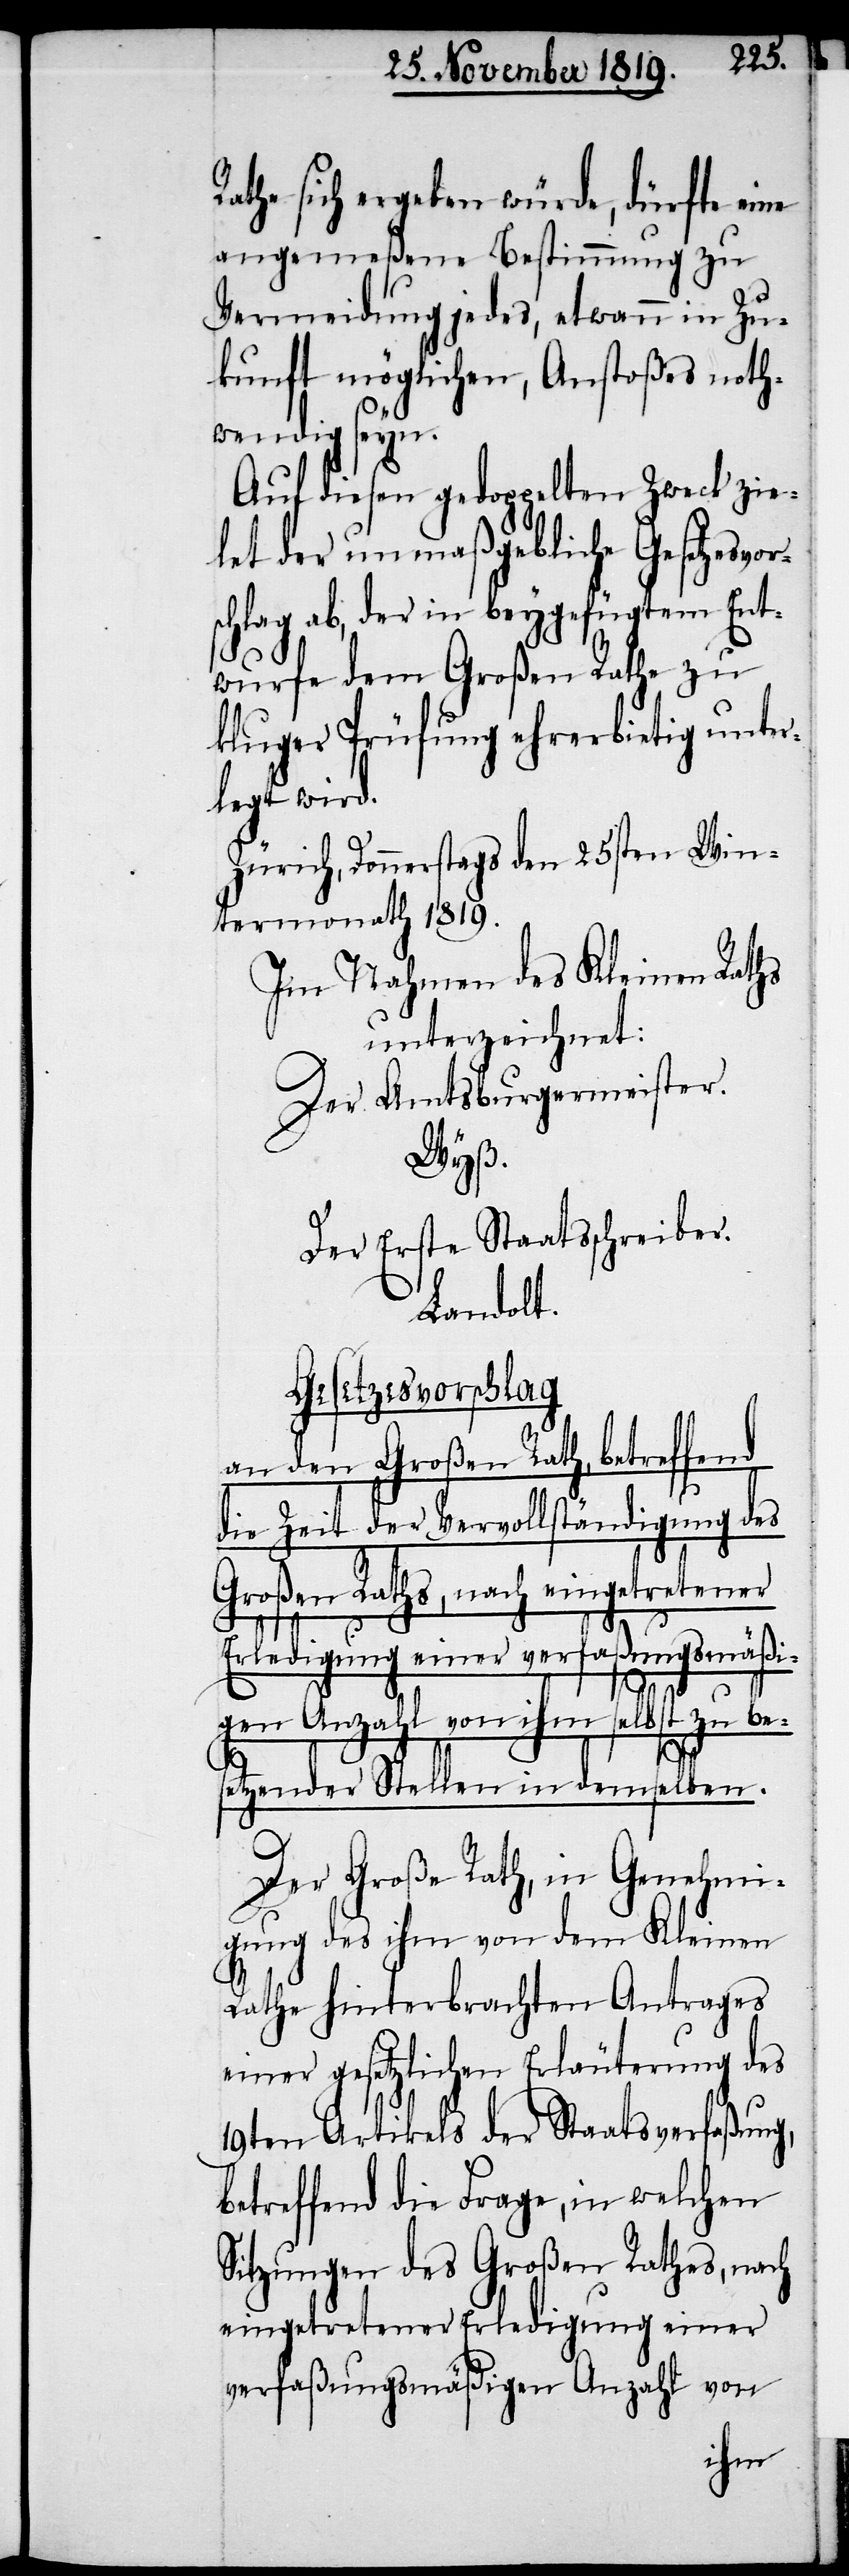
Rathe sich ergeben würde, dürfte eine
angemeßene Bestimmung zu
Vermeidung jedes, etwann in Zu¬
kunft möglichen, Anstoßes noth¬
wendig seyn.
Auf diesen gedoppelten Zweck zie¬
let der unmaßgebliche
ab, der in beygefügtem Ent¬
wurfe dem Großen Rathe zu
kluger Prüfung ehrerbietig unter¬
legt wird.
Zürich, Donnerstags den 25sten Win¬
termonath 1819.
Im Nahmen des Kleinen Raths
unterzeichnet:
Der Amtsburgermeitster.
Wyß.
Der Erste Staatsschreiber.
Landolt.
Gesetzesvorschlag
an den Großen Rath, betreffend
die Zeit der Vervollständigung des
Großen Raths, nach eingetretener
Erledigung einer verfaßungsmäßi¬
gen Anzahl von ihm selbst zu be¬
setzender Stellen in demselben.
Der Große Rath, in Genehmi¬
gung des ihm von dem Kleinen
Rathe hinterbrachten Antrages
einer gesetzlichen Erläuterung des
19ten Artikels der Staatsverfaßung,
betreffend die Frage, in welchen
Sitzungen des Großen Rathes, nach
eingetretener Erledigung einer
verfaßungsmäßigen Anzahl von